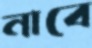
নাবে